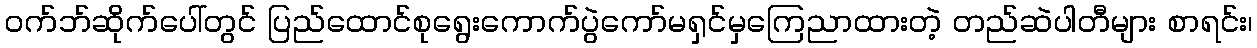
ဝက်ဘ်ဆိုက်ပေါ်တွင် ပြည်ထောင်စုရွေးကောက်ပွဲကော်မရှင်မှကြေညာထားတဲ့ တည်ဆဲပါတီများ စာရင်း၊